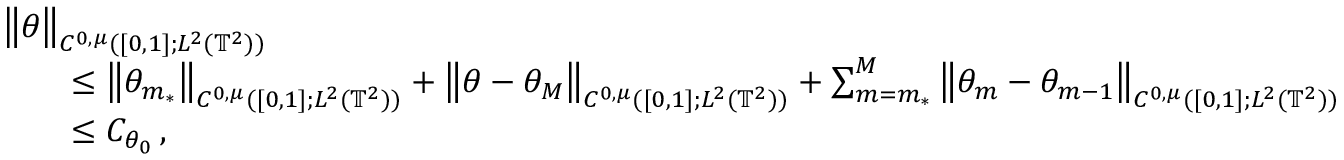
\begin{array} { r l } { \lefteqn { \big \| \theta \big \| _ { C ^ { 0 , \mu } ( [ 0 , 1 ] ; L ^ { 2 } ( \ensuremath { \mathbb { T } } ^ { 2 } ) ) } } \quad } & { } \\ & { \leq \big \| \theta _ { m _ { * } } \big \| _ { C ^ { 0 , \mu } ( [ 0 , 1 ] ; L ^ { 2 } ( \ensuremath { \mathbb { T } } ^ { 2 } ) ) } + \big \| \theta - \theta _ { M } \big \| _ { C ^ { 0 , \mu } ( [ 0 , 1 ] ; L ^ { 2 } ( \ensuremath { \mathbb { T } } ^ { 2 } ) ) } + \sum _ { m = m _ { * } } ^ { M } \big \| \theta _ { m } - \theta _ { m - 1 } \big \| _ { C ^ { 0 , \mu } ( [ 0 , 1 ] ; L ^ { 2 } ( \ensuremath { \mathbb { T } } ^ { 2 } ) ) } } \\ & { \leq C _ { \theta _ { 0 } } \, , } \end{array}